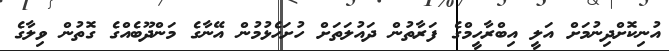
އުނިކޮށްދިނުމަށް އަލީ އިބްރާހީމްގެ ފަރާތުން ދައުލަތަށް ހުށަހެޅުމުން އޭނާގެ މަންދޫބެއްގެ ގޮތުން ވިލާގެ